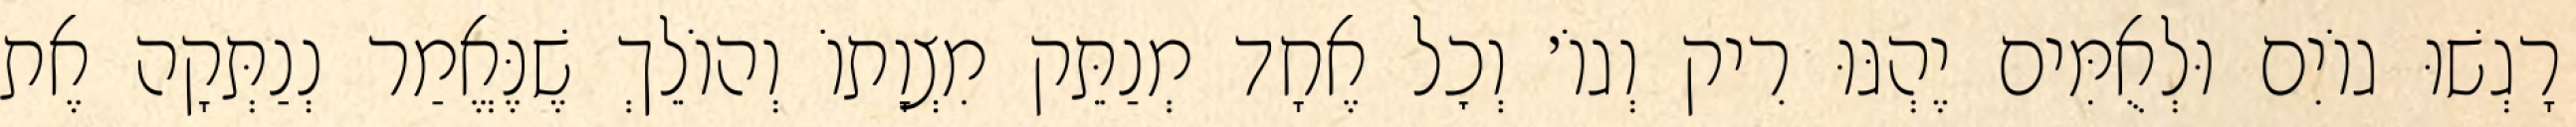
רָגְשׁוּ גוֹיִם וּלְאֻמִּים יֶהְגּוּ רִיק וְגוֹ׳ וְכׇל אֶחָד מְנַתֵּק מִצְוָתוֹ וְהוֹלֵךְ שֶׁנֶּאֱמַר נְנַתְּקָה אֶת